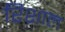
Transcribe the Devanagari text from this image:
रिशाल